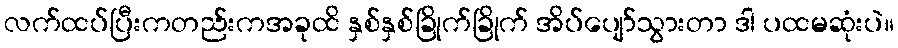
လက်ထပ်ပြီးကတည်းကအခုထိ နှစ်နှစ်ခြိုက်ခြိုက် အိပ်ပျော်သွားတာ ဒါ ပထမဆုံးပဲ။